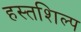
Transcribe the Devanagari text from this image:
हस्तशिल्‍प